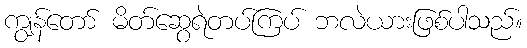
ကျွန်တော် မိတ်ဆွေရဲတပ်ကြပ် ဘလဲယားဖြစ်ပါသည်။